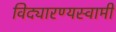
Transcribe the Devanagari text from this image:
विद्यारण्यस्वामी